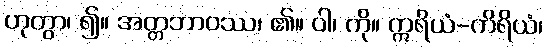
ဟုတွာ၊ ၍။ အတ္တဘာဝဿ၊ ၏။ ဝါ၊ ကို။ ဣရိယံ-ကိရိယံ၊